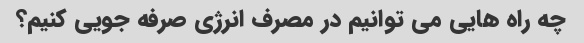
چه راه هایی می توانیم در مصرف انرژی صرفه جویی کنیم؟